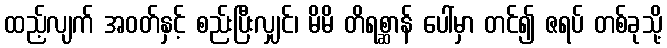
ထည့်လျက် အဝတ်နှင့် စည်းပြီးလျှင်၊ မိမိ တိရစ္ဆာန် ပေါ်မှာ တင်၍ ဇရပ် တစ်ခုသို့